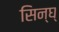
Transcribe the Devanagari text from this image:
सिन्घ्